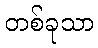
တစ်ခုသာ